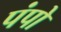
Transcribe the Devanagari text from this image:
पंपो